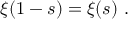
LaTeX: \xi ( 1 - s ) = \xi ( s ) ~ .